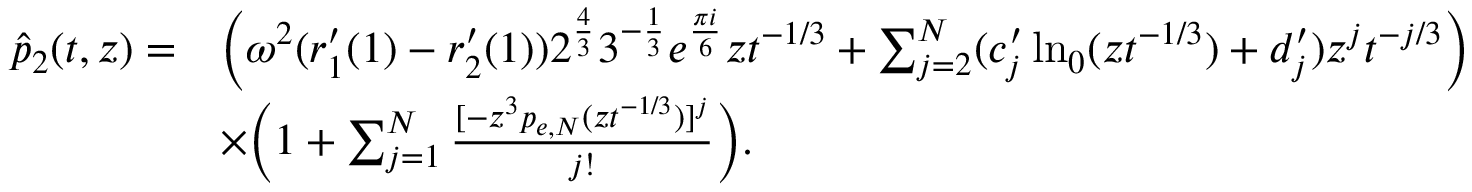
\begin{array} { r l } { \hat { p } _ { 2 } ( t , z ) = } & { \bigg ( \omega ^ { 2 } ( r _ { 1 } ^ { \prime } ( 1 ) - r _ { 2 } ^ { \prime } ( 1 ) ) 2 ^ { \frac { 4 } { 3 } } 3 ^ { - \frac { 1 } { 3 } } e ^ { \frac { \pi i } { 6 } } z t ^ { - 1 / 3 } + \sum _ { j = 2 } ^ { N } ( c _ { j } ^ { \prime } \ln _ { 0 } ( z t ^ { - 1 / 3 } ) + d _ { j } ^ { \prime } ) z ^ { j } t ^ { - j / 3 } \bigg ) } \\ & { \times \bigg ( 1 + \sum _ { j = 1 } ^ { N } \frac { [ - z ^ { 3 } p _ { e , N } ( z t ^ { - 1 / 3 } ) ] ^ { j } } { j ! } \bigg ) . } \end{array}